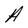
Character: A